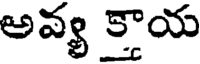
అవ్య క్తాయ